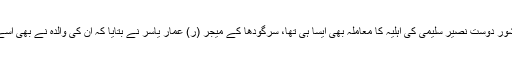
کراچی میں ہمارے دانشور دوست نصیر سلیمی کی اہلیہ کا معاملہ بھی ایسا ہی تھا، سرگودھا کے میجر (ر) عمار یاسر نے بتایا کہ ان کی والدہ نے بھی اسے ذاتی سوگ بنا لیا تھا۔